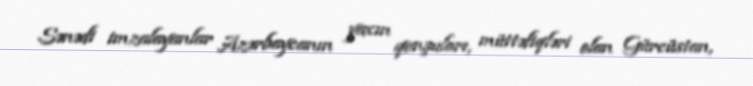
Sənədi imzalayanlar Azərbaycanın yaxın qonşuları, müttəfiqləri olan Gürcüstan,